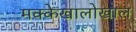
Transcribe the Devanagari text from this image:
मक्केखालोखाल